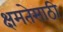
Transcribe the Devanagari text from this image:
क्षमतेसाठी